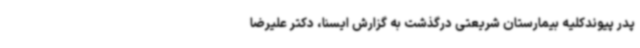
پدر پیوندکلیه بیمارستان شریعتی درگذشت به گزارش ایسنا، دکتر علیرضا